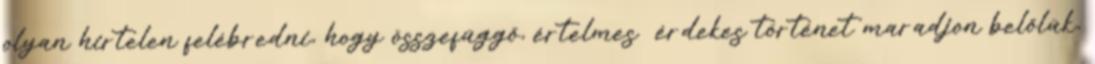
olyan hirtelen felébredni, hogy összefüggő, értelmes érdekes történet maradjon belőlük,